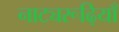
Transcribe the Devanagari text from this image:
नाट्यरूढ़ियाँ